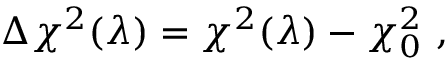
\Delta \chi ^ { 2 } ( \lambda ) = \chi ^ { 2 } ( \lambda ) - \chi _ { 0 } ^ { 2 } ~ ,